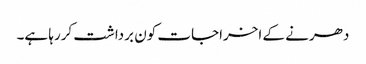
دھرنے کے اخراجات کون برداشت کررہا ہے۔